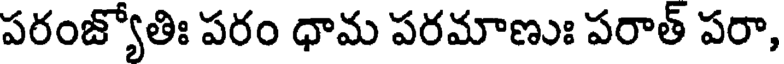
పరంజ్యోతిః పరం ధామ పరమాణుః పరాత్ పరా,